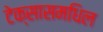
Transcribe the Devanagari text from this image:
टेक्सासमधिल